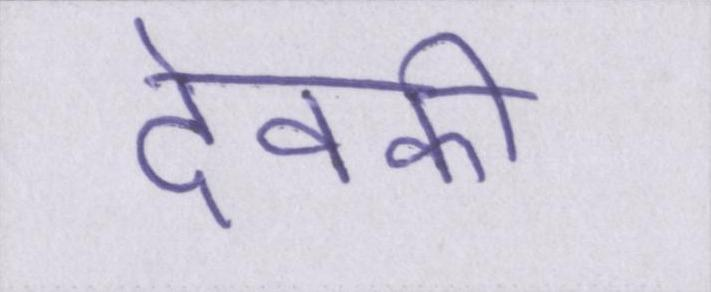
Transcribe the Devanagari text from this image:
देवकी